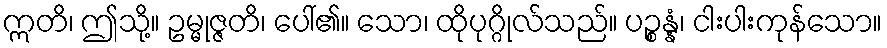
ဣတိ၊ ဤသို့။ ဥမ္မုဇ္ဇတိ၊ ပေါ်၏။ သော၊ ထိုပုဂ္ဂိုလ်သည်။ ပဉ္စန္နံ၊ ငါးပါးကုန်သော။